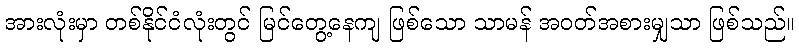
အားလုံးမှာ တစ်နိုင်ငံလုံးတွင် မြင်တွေ့နေကျ ဖြစ်သော သာမန် အဝတ်အစားမျှသာ ဖြစ်သည်။